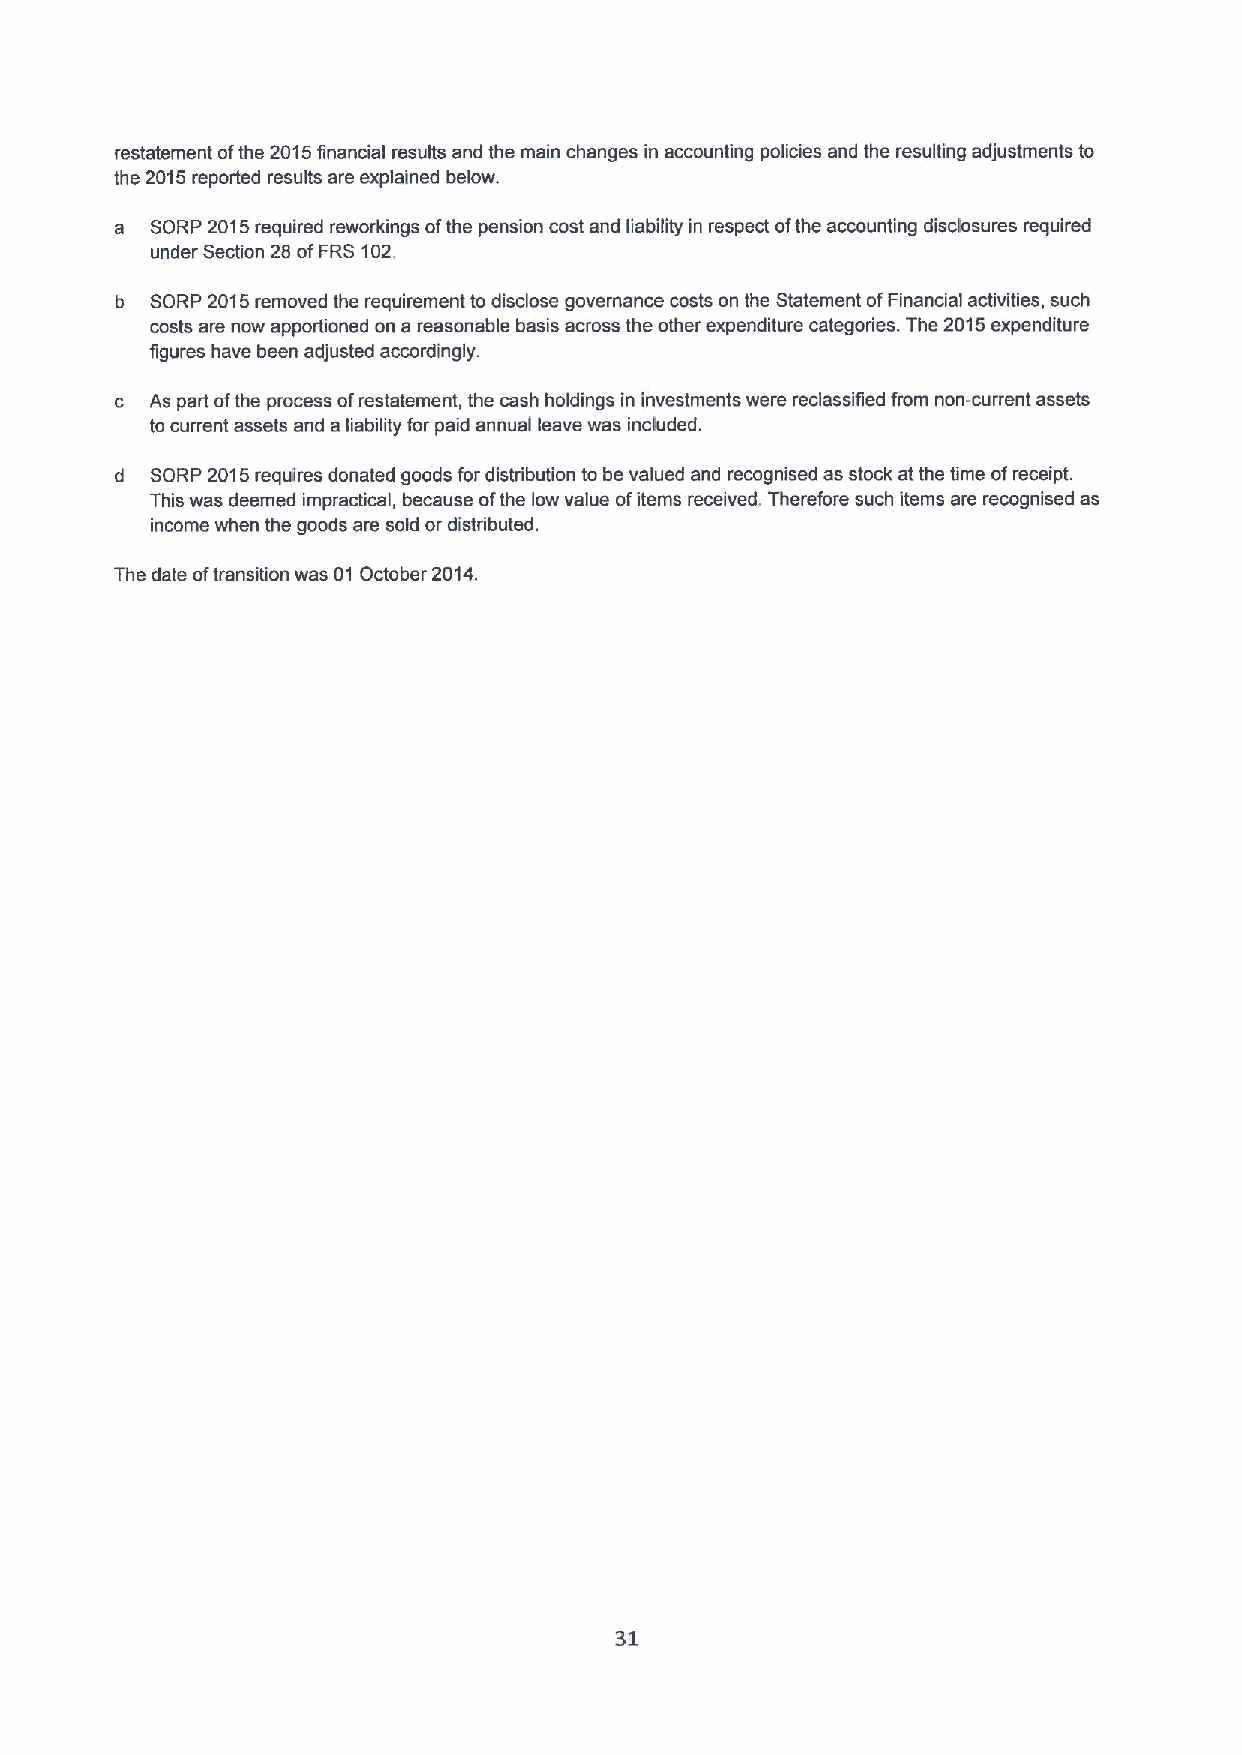
restatement ofthe 2015financial results and the main changes in accounting policies and the resulting adjustments to
 the 2015reported results are explained below.
 a SORP 2015required reworkings ofthe pension cost and liability in respect ofthe accounting disclosures required
 under Section 28 ofFRS102.
 b SORP 2015removed the requirement to disclose governance costs on the Statement ofFinancial activities, such
 costs are now apportioned on a reasonable basis across the other expenditure categories. The 2015expenditure
 figures have been adjusted accordingly.
 c As part ofthe process ofrestatement, the cash holdings in investments were reclassified from non-current assets
 to current assets and a liability for paid annual leave was included.
 d SORP 2015requires donated goods for distribution to be valued and recognised as stock at the time ofreceipt.
 This was deemed impractical, because ofthe low value ofitems received. Therefore such items are recognised as
 income when the goods are sold or distributed.
 The date oftransition was 01 October 2014.
 31